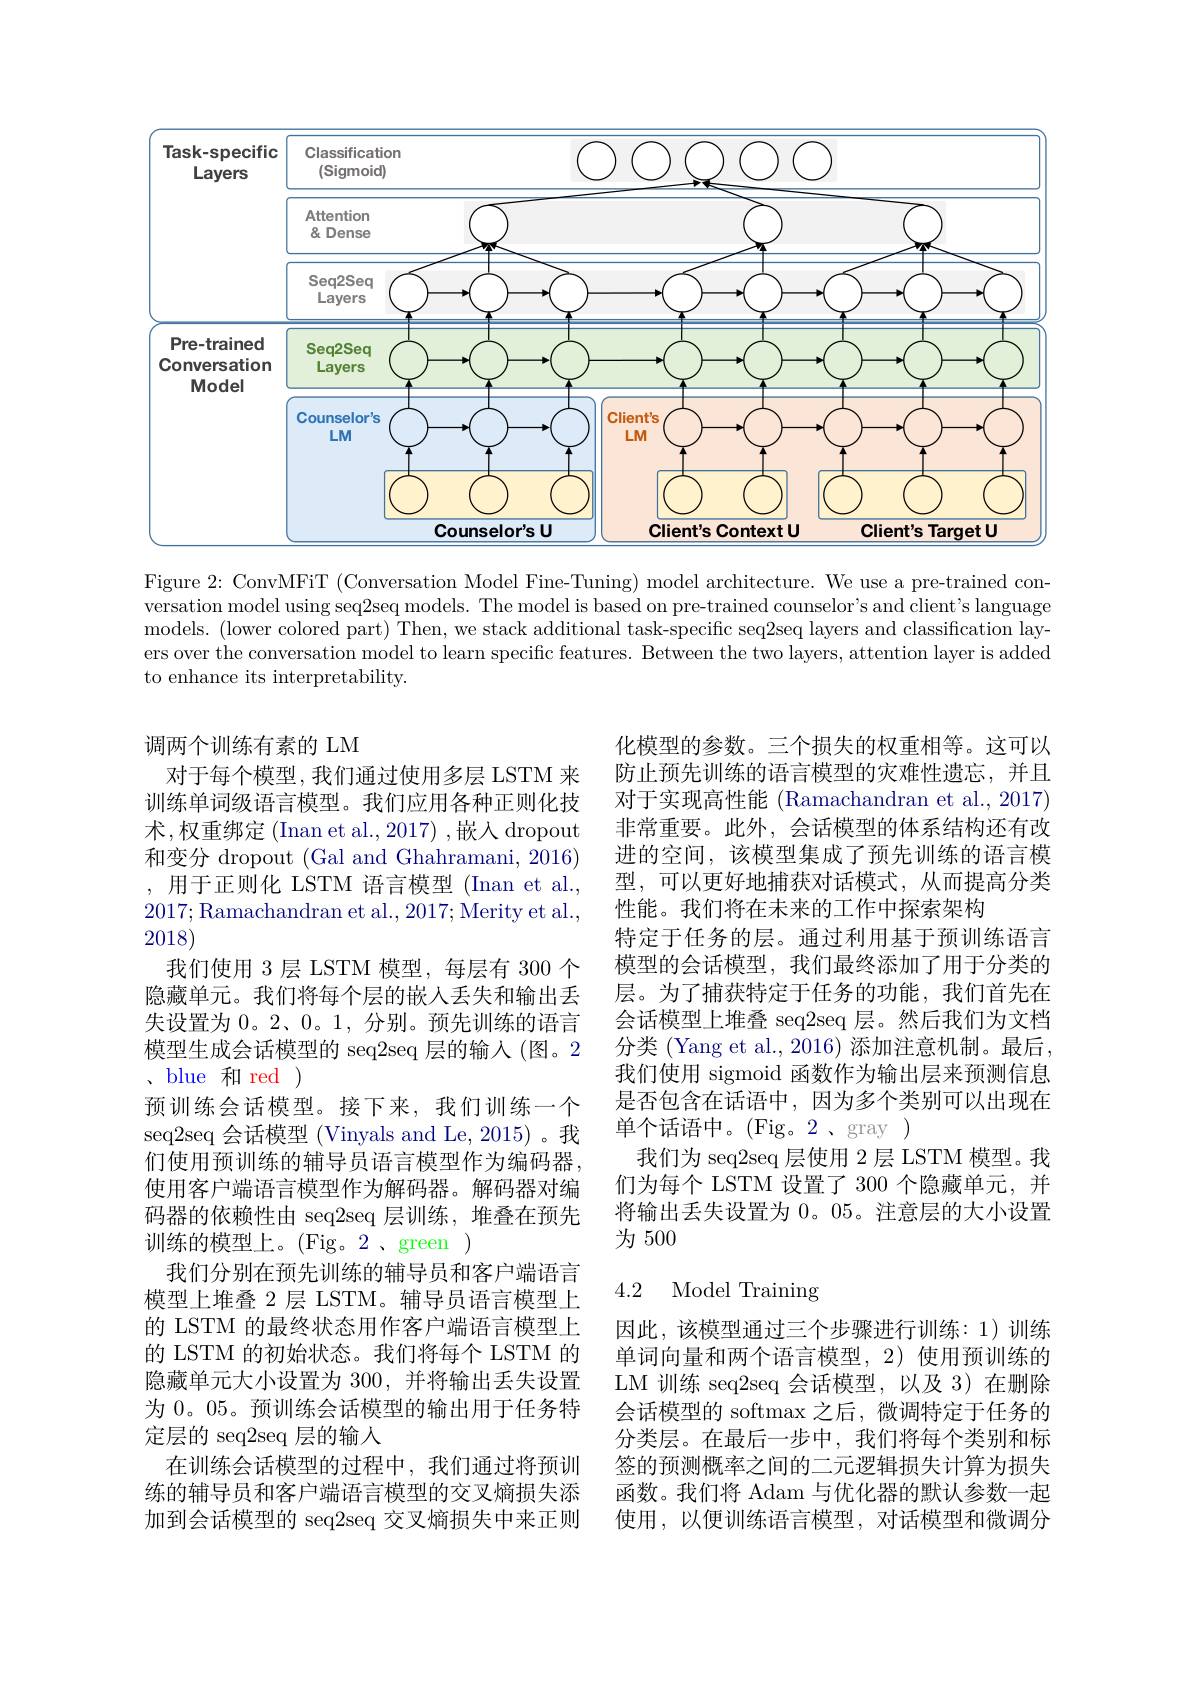
<FigureHere>

Figure 2: ConvMFiT (Conversation Model Fine-Tuning) model architecture. We use a pre-trained conversation model using seq2seq models. The model is based on pre-trained counselor's and client's language models. (lower colored part) Then, we stack additional task-specific seq2seq layers and classification layers over the conversation model to learn specific features. Between the two layers, attention layer is added to enhance its interpretability.

化模型的参数。三个损失的权重相等。这可以防止预先训练的语言模型的灾难性遗忘，并且对于实现高性能 (Ramachandran et al., 2017) 非常重要。此外，会话模型的体系结构还有改进的空间，该模型集成了预先训练的语言模型，可以更好地捕获对话模式，从而提高分类性能。我们将在未来的工作中探索架构
特定于任务的层。通过利用基于预训练语言模型的会话模型，我们最终添加了用于分类的层。为了捕获特定于任务的功能，我们首先在会话模型上堆叠 seq2seq 层。然后我们为文档分类 (Yang et al., 2016) 添加注意机制。最后， 我们使用 sigmoid 函数作为输出层来预测信息是否包含在话语中，因为多个类别可以出现在单个话语中。(Fig。2、gray )
我们为 seq2seq 层使用 2 层 LSTM 模型。我们为每个 LSTM 设置了 300 个隐藏单元，并将输出丢失设置为 0。05。注意层的大小设置为 500

调两个训练有素的 LM
对于每个模型，我们通过使用多层 LSTM 来训练单词级语言模型。我们应用各种正则化技术，权重绑定(Inan et al.,2017) ,嵌入 dropout 和变分 dropout (Gal and Ghahramani, 2016) ,用于正则化 LSTM 语言模型 (Inan et al., 2017;Ramachandran et al., 2017; Merity et al., 2018)
我们使用 3 层 LSTM 模型，每层有 300 个隐藏单元。我们将每个层的嵌入丢失和输出丢失设置为0。2、0。1,分别。预先训练的语言模型生成会话模型的 seq2seq 层的输入 (图。2 、blue 和 red )
预训练会话模型。接下来，我们训练一个seq2seq 会话模型 (Vinyals and Le, 2015)。我们使用预训练的辅导员语言模型作为编码器， 使用客户端语言模型作为解码器。解码器对编码器的依赖性由 seq2seq 层训练，堆叠在预先训练的模型上。(Fig。2、green )
我们分别在预先训练的辅导员和客户端语言模型上堆叠 2 层 LSTM。辅导员语言模型上的 LSTM 的最终状态用作客户端语言模型上的 LSTM 的初始状态。我们将每个 LSTM 的隐藏单元大小设置为 300, 并将输出丢失设置为 0。05。预训练会话模型的输出用于任务特定层的 seq2seq 层的输人
在训练会话模型的过程中，我们通过将预训练的辅导员和客户端语言模型的交叉熵损失添加到会话模型的 seq2seq 交叉熵损失中来正则

### 4.2 Model Training

因此，该模型通过三个步骤进行训练：1)训练单词向量和两个语言模型，2)使用预训练的LM 训练 seq2seq 会话模型，以及 3)在删除会话模型的 softmax 之后，微调特定于任务的分类层。在最后一步中，我们将每个类别和标签的预测概率之间的二元逻辑损失计算为损失函数。我们将 Adam 与优化器的默认参数一起使用，以便训练语言模型，对话模型和微调分